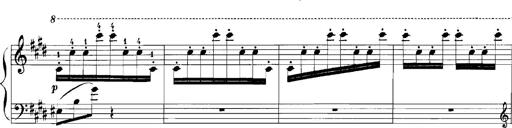
Title: Rhapsodies hongroises
Composer: Franz Liszt